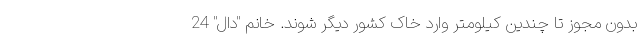
بدون مجوز تا چندین کیلومتر وارد خاک کشور دیگر شوند. خانم "دال" 24